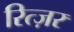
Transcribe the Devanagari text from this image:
रित्ज़र